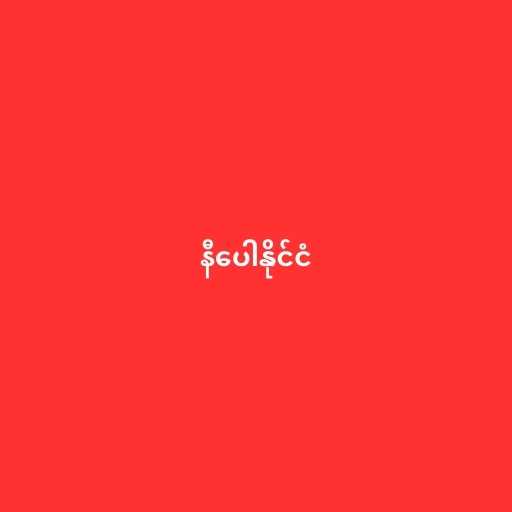
နီပေါနိုင်ငံ